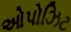
ઓપોઝિટ